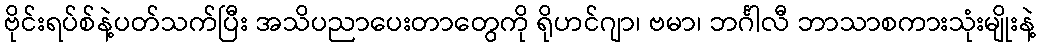
ဗိုင်းရပ်စ်နဲ့ပတ်သက်ပြီး အသိပညာပေးတာတွေကို ရိုဟင်ဂျာ၊ ဗမာ၊ ဘင်္ဂါလီ ဘာသာစကားသုံးမျိုးနဲ့